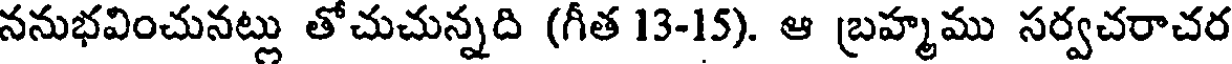
ననుభవించునట్లు తోచుచున్నది (గీత 13-15). ఆ బ్రహ్మము సర్వచరాచర